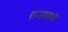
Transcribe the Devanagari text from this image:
राजगडची